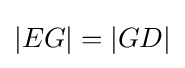
|EG|=|GD|